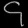
Digit: ၄